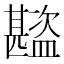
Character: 𬐾